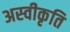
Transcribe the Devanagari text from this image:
अस्‍वीकृति